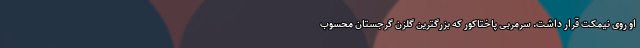
او روی نیمکت قرار داشت. سرمربی پاختاکور که بزرگترین گلزن گرجستان محسوب